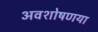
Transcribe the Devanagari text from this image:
अवशोषणया